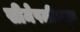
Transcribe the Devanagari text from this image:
सीमेपलीकडून